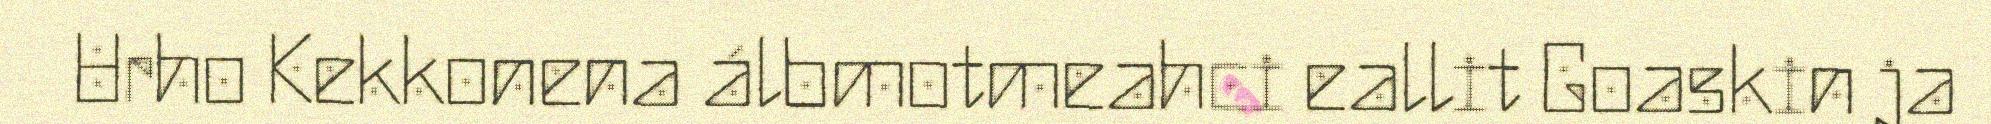
Urho Kekkonena álbmotmeahci eallit Goaskin ja